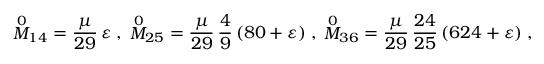
{ \stackrel { 0 } { M } } _ { 1 4 } = \frac { \mu } { 2 9 } \, \varepsilon \; , \; { \stackrel { 0 } { M } } _ { 2 5 } = \frac { \mu } { 2 9 } \, \frac { 4 } { 9 } \, ( 8 0 + \varepsilon ) \; , \; { \stackrel { 0 } { M } } _ { 3 6 } = \frac { \mu } { 2 9 } \, \frac { 2 4 } { 2 5 } \, ( 6 2 4 + \varepsilon ) \; ,